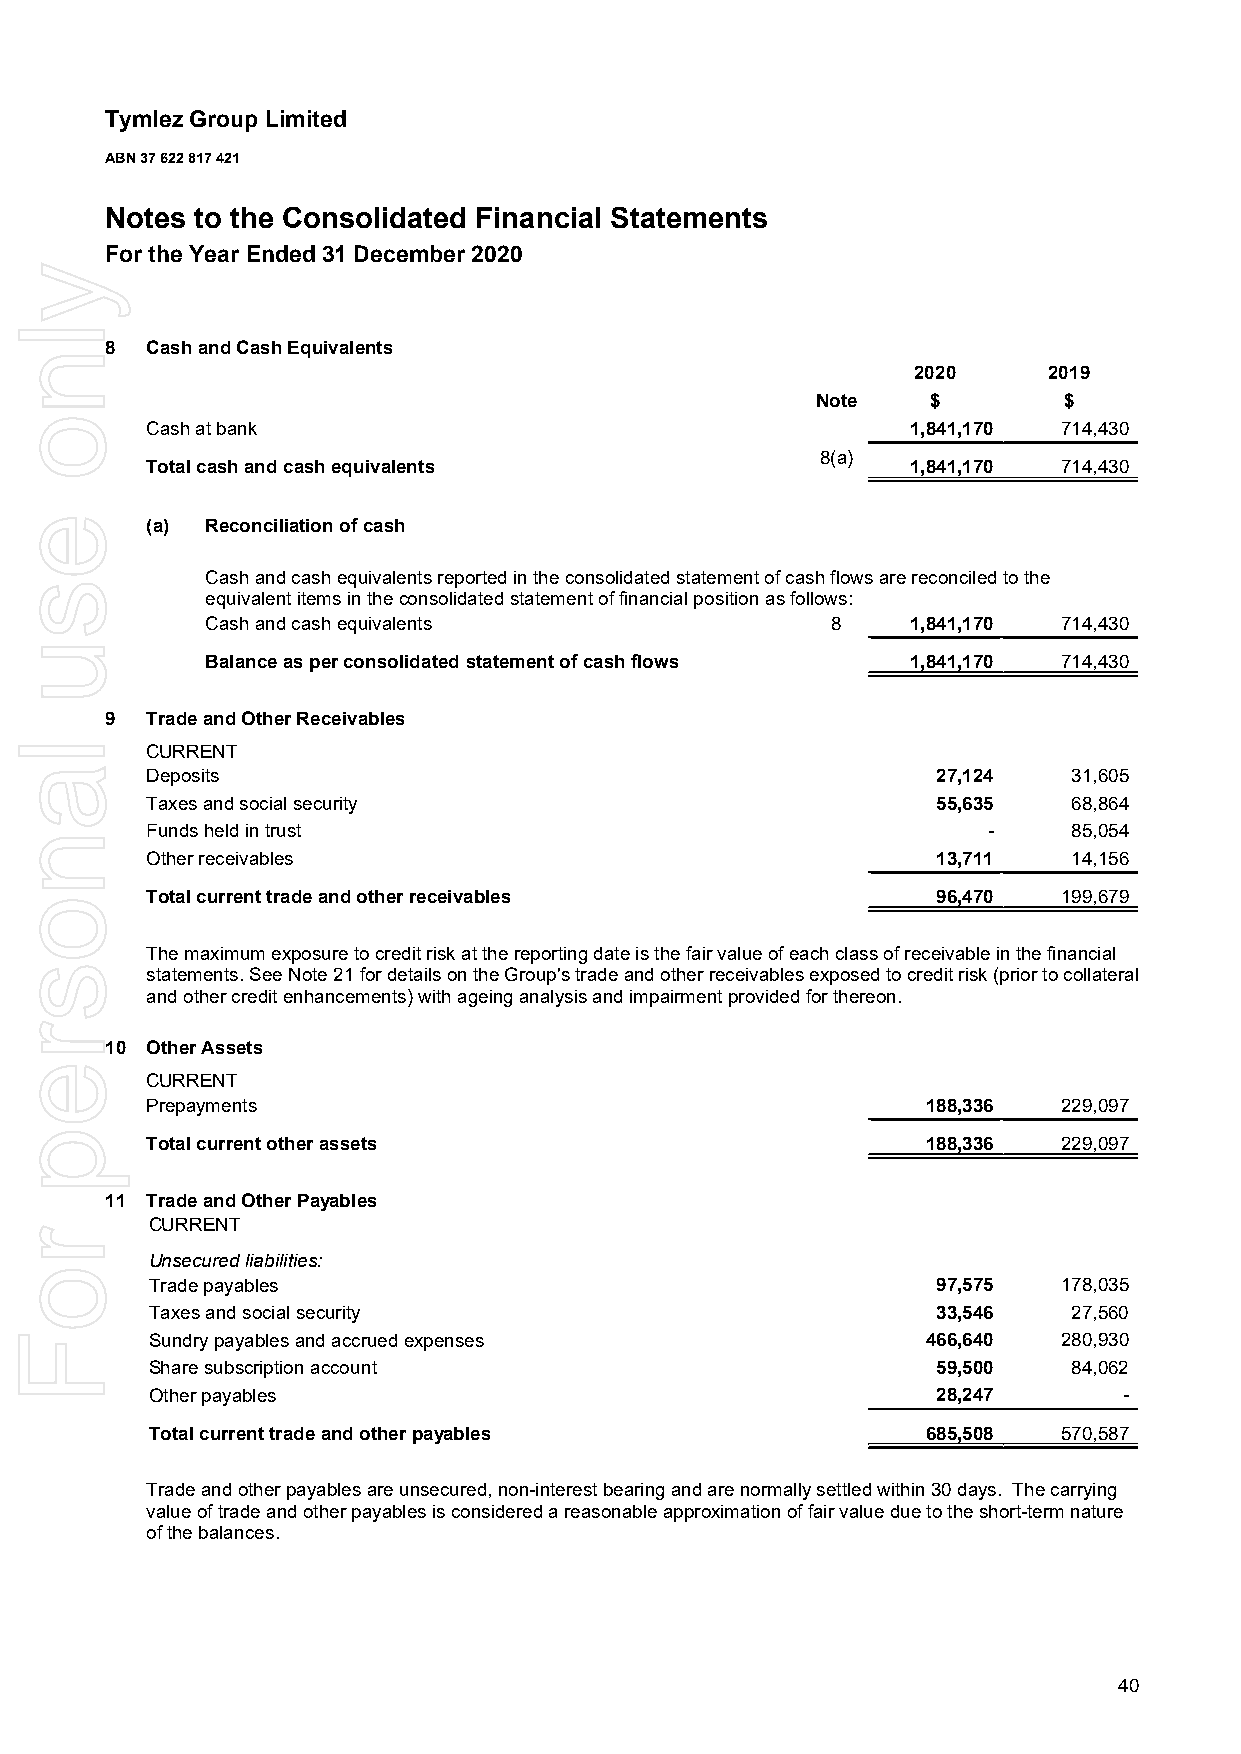
Tymlez Group Limited
 ABN 37 622 817 421
 Notes to the Consolidated Financial Statements
 For the Year Ended 31 December 2020
 8  Cash and Cash Equivalents
 2020     2019
 Note    $       $
 Cash at bank                                      1,841,170 714,430
 8(a)
 Total cash and cash equivalents                   1,841,170 714,430
 (a) Reconciliation of cash
 Cash and cash equivalents reported in the consolidated statement of cash flows are reconciled to the
 equivalent items in the consolidated statement of financial position as follows:
 Cash and cash equivalents                8    1,841,170 714,430
 Balance as per consolidated statement of cash flows 1,841,170 714,430
 9  Trade and Other Receivables
 CURRENT
 Deposits                                            27,124   31,605
 Taxes and social security                           55,635   68,864
 Funds held in trust                                    -     85,054
 Other receivables                                   13,711   14,156
 Total current trade and other receivables           96,470  199,679
 The maximum exposure to credit risk at the reporting date is the fair value of each class of receivable in the financial
 statements. See Note 21 for details on the Group's trade and other receivables exposed to credit risk (prior to collateral
 and other credit enhancements) with ageing analysis and impairment provided for thereon.
 10 Other Assets
 CURRENT
 Prepayments                                        188,336  229,097
 Total current other assets                         188,336  229,097
 11 Trade and Other Payables
 CURRENT
 Unsecured liabilities:
 Trade payables                                      97,575  178,035
 Taxes and social security                           33,546   27,560
 Sundry payables and accrued expenses               466,640  280,930
 Share subscription account                          59,500   84,062
 Other payables                                      28,247      -
 Total current trade and other payables             685,508  570,587
 Trade and other payables are unsecured, non-interest bearing and are normally settled within 30 days. The carrying
 value of trade and other payables is considered a reasonable approximation of fair value due to the short-term nature
 of the balances.
 40
 ylno
 esu
 lanosrep
 roF